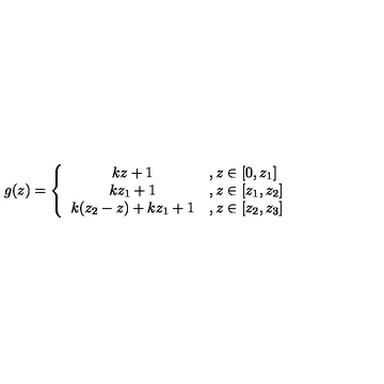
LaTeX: g ( z ) = \left\{ \begin{array} { c l } { { k z + 1 } } & { , z \in \lbrack 0 , z _ { 1 } ] } \\ { { k z _ { 1 } + 1 } } & { , z \in \lbrack z _ { 1 } , z _ { 2 } ] } \\ { { k ( z _ { 2 } - z ) + k z _ { 1 } + 1 } } & { , z \in \lbrack z _ { 2 } , z _ { 3 } ] } \\ \end{array} \right. \